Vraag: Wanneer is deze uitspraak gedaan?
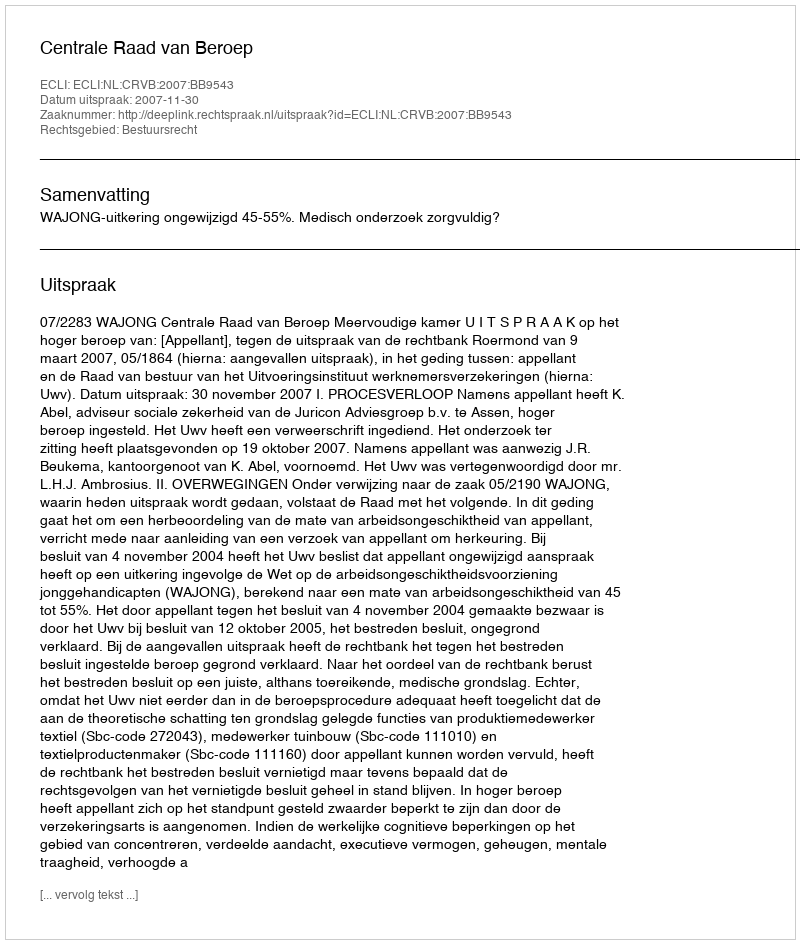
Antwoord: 2007-11-30